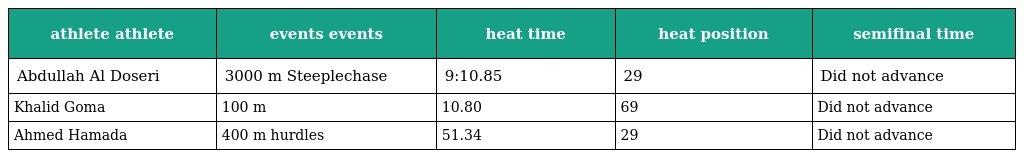
| athlete athlete | events events | heat time | heat position | semifinal time |
 | --- | --- | --- | --- | --- |
 | Abdullah Al Doseri | 3000 m Steeplechase | 9:10.85 | 29 | Did not advance |
 | Khalid Goma | 100 m | 10.80 | 69 | Did not advance |
 | Ahmed Hamada | 400 m hurdles | 51.34 | 29 | Did not advance |